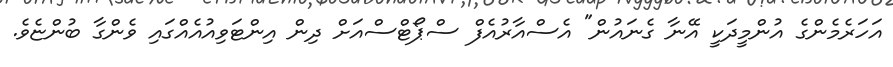
އަހަރެމެންގެ އުންމީދަކީ އޭނާ ގެނައުން" އެސްއާރުއެފް ސްޕޯޓްސްއަށް ދިން އިންޓަވިއުއެއްގައި ވެންގާ ބުންޏެވެ.